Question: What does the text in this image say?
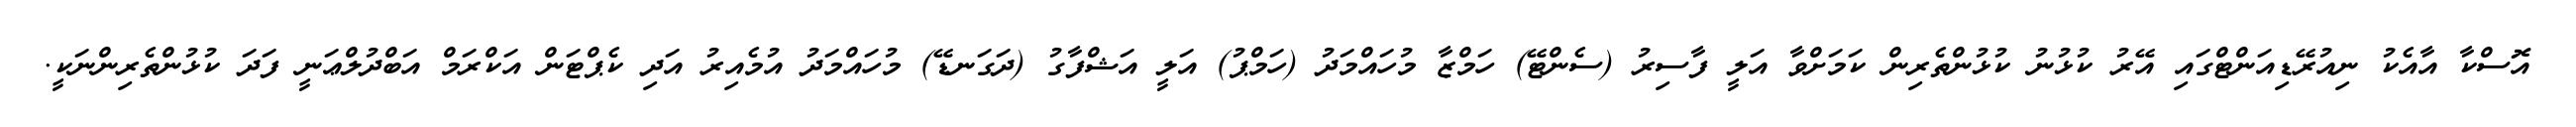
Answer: އޮސްކާ އާއެކު ނިއުރޭޑިއަންޓްގައި އޭރު ކުޅުނު ކުޅުންތެރިން ކަމަށްވާ އަލީ ފާސިރު (ސެންޓޭ) ހަމްޒާ މުހައްމަދު (ހަމްޕު) އަލީ އަޝްފާގު (ދަގަނޑޭ) މުހައްމަދު އުމެއިރު އަދި ކެޕްޓަން އަކްރަމް އަބްދުލްޢަނީ ފަދަ ކުޅުންތެރިންނަކީ.